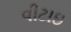
વીટાઇ